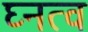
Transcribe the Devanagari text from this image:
घ्नत्व